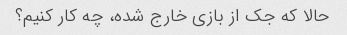
حالا که جک از بازی خارج شده، چه کار کنیم؟